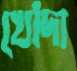
খোঁদা